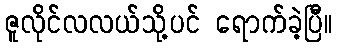
ဇူလိုင်လလယ်သို့ပင် ရောက်ခဲ့ပြီ။